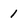
Character: 1